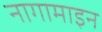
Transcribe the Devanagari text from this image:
नागामाइन